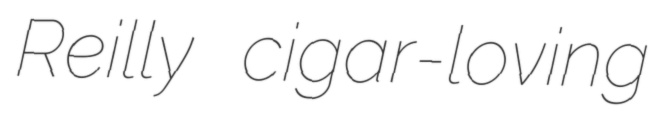
Reilly cigar-loving